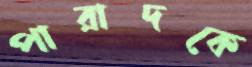
পারাদকে